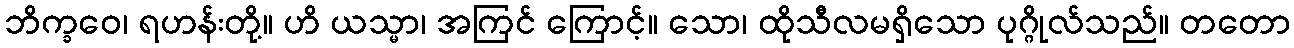
ဘိက္ခဝေ၊ ရဟန်းတို့။ ဟိ ယသ္မာ၊ အကြင် ကြောင့်။ သော၊ ထိုသီလမရှိသော ပုဂ္ဂိုလ်သည်။ တတော